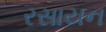
રસાયન